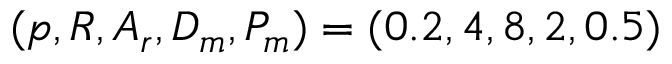
( p , R , A _ { r } , D _ { m } , P _ { m } ) = ( 0 . 2 , 4 , 8 , 2 , 0 . 5 )